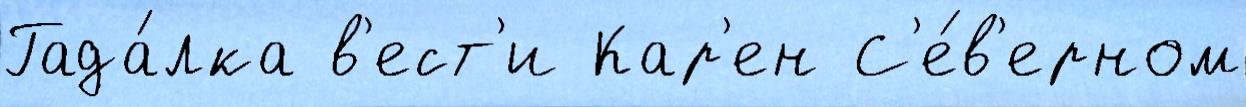
Гада́лка в'ест'и Кар'ен С'е́в'ерном